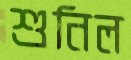
শুনিল